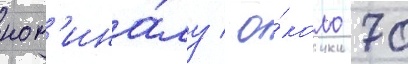
ном'ина́лу / о́коло 70